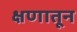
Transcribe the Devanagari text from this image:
क्षणातून